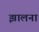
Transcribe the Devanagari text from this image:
झालना